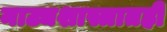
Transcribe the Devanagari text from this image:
नाट्यशास्त्रातही